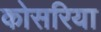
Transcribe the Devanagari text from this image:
कोसरिया